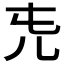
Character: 𠑸